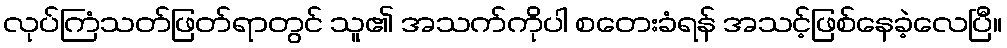
လုပ်ကြံသတ်ဖြတ်ရာတွင် သူ၏ အသက်ကိုပါ စတေးခံရန် အသင့်ဖြစ်နေခဲ့လေပြီ။